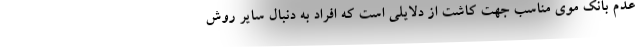
عدم بانک موی مناسب جهت کاشت از دلایلی است که افراد به دنبال سایر روش